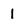
Character: 1